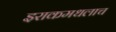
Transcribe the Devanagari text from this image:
इराकमधलाच